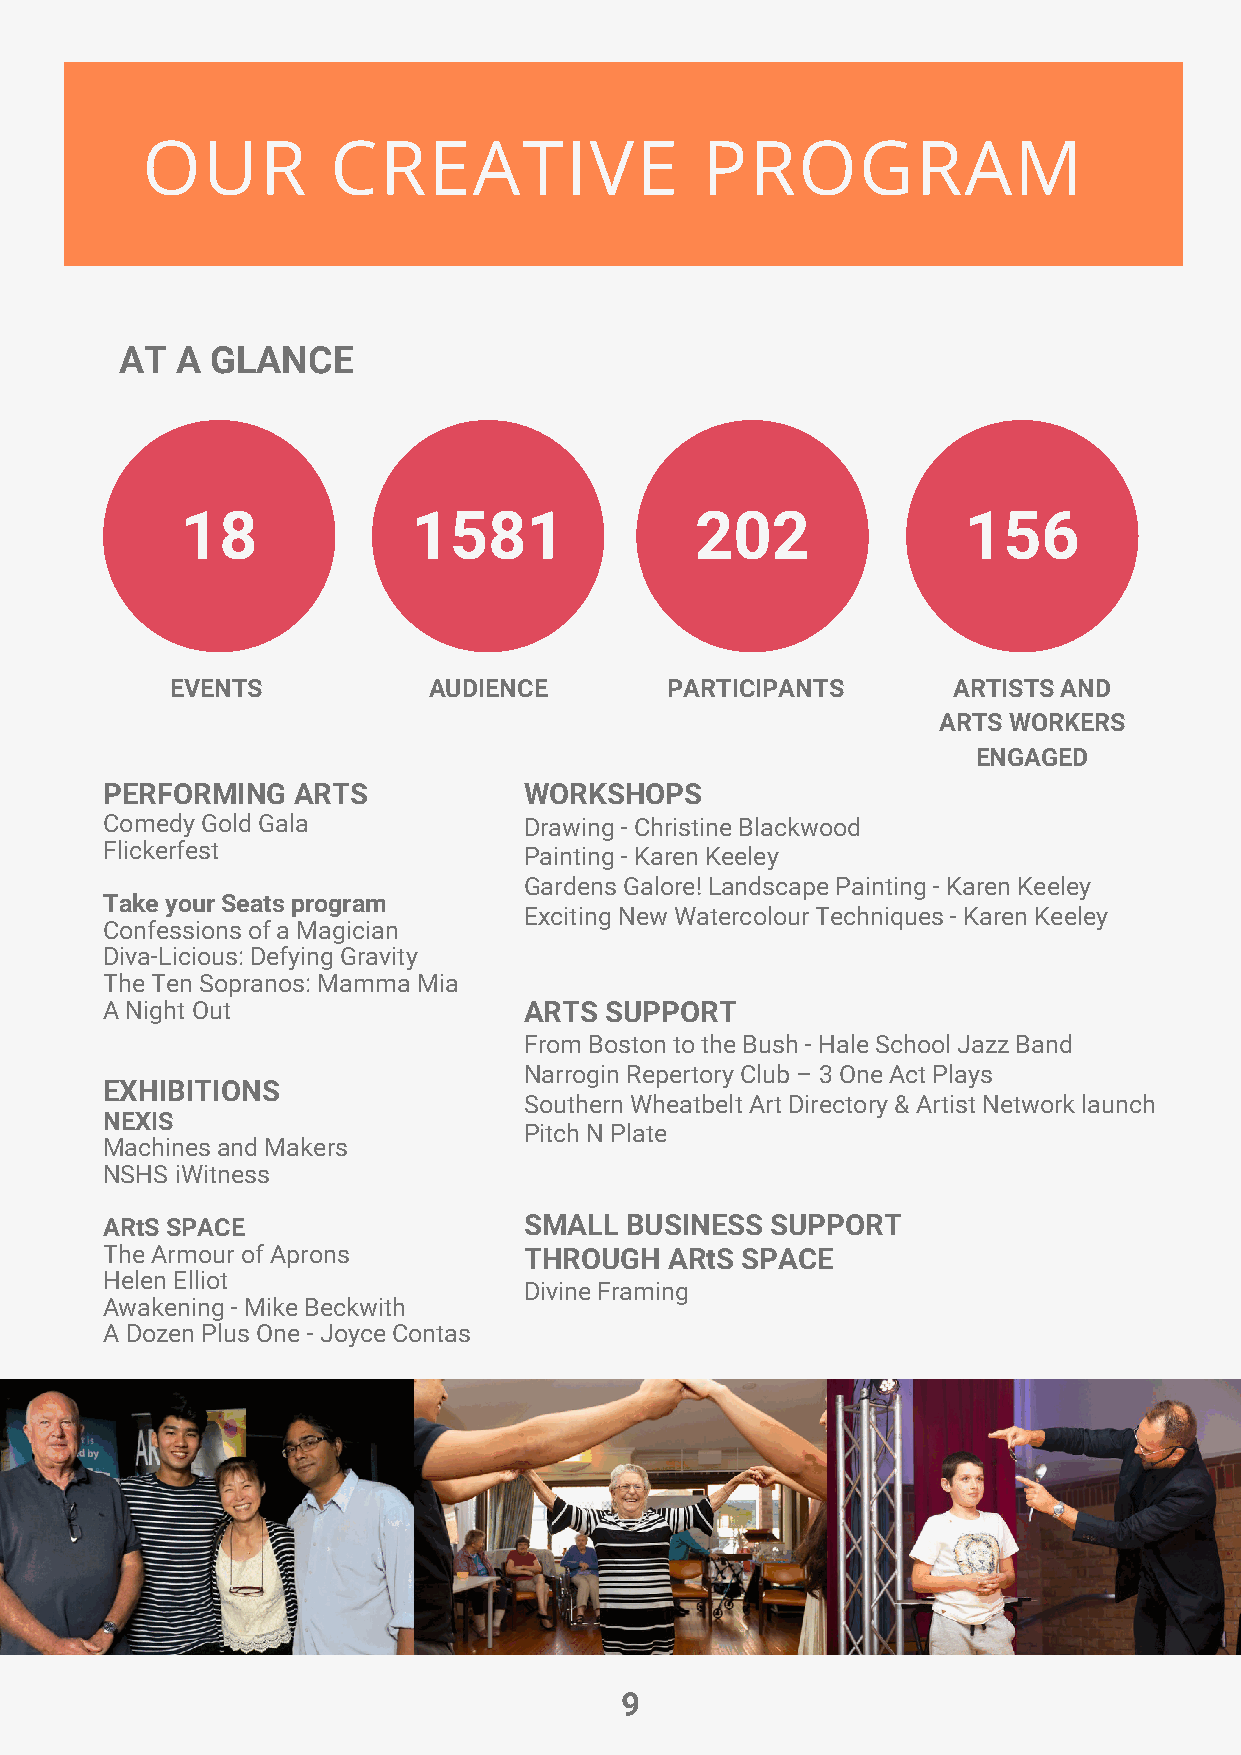
OUR          CREATIVE                PROGRAM
 AT  A GLANCE
 18             1581               202               156
 EVENTS           AUDIENCE        PARTICIPANTS       ARTISTS AND
 ARTS WORKERS
 ENGAGED
 PERFORMING  ARTS            WORKSHOPS
 Comedy Gold Gala            Drawing - Christine Blackwood
 Flickerfest
 Painting - Karen Keeley
 Gardens Galore! Landscape Painting - Karen Keeley
 Take your Seats program
 Exciting New Watercolour Techniques - Karen Keeley
 Confessions of a Magician
 Diva-Licious: Defying Gravity
 The Ten Sopranos: Mamma Mia
 A Night Out                 ARTS SUPPORT
 From Boston to the Bush - Hale School Jazz Band
 Narrogin Repertory Club – 3 One Act Plays
 EXHIBITIONS
 Southern Wheatbelt Art Directory & Artist Network launch
 NEXIS
 Pitch N Plate
 Machines and Makers
 NSHS iWitness
 ARtS SPACE                  SMALL BUSINESS  SUPPORT
 The Armour of Aprons        THROUGH  ARtS SPACE
 Helen Elliot
 Divine Framing
 Awakening - Mike Beckwith
 A Dozen Plus One - Joyce Contas
 9